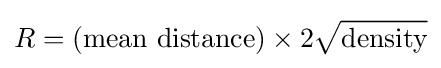
R=({\text{mean distance}})\times 2{\sqrt {\text{density}}}